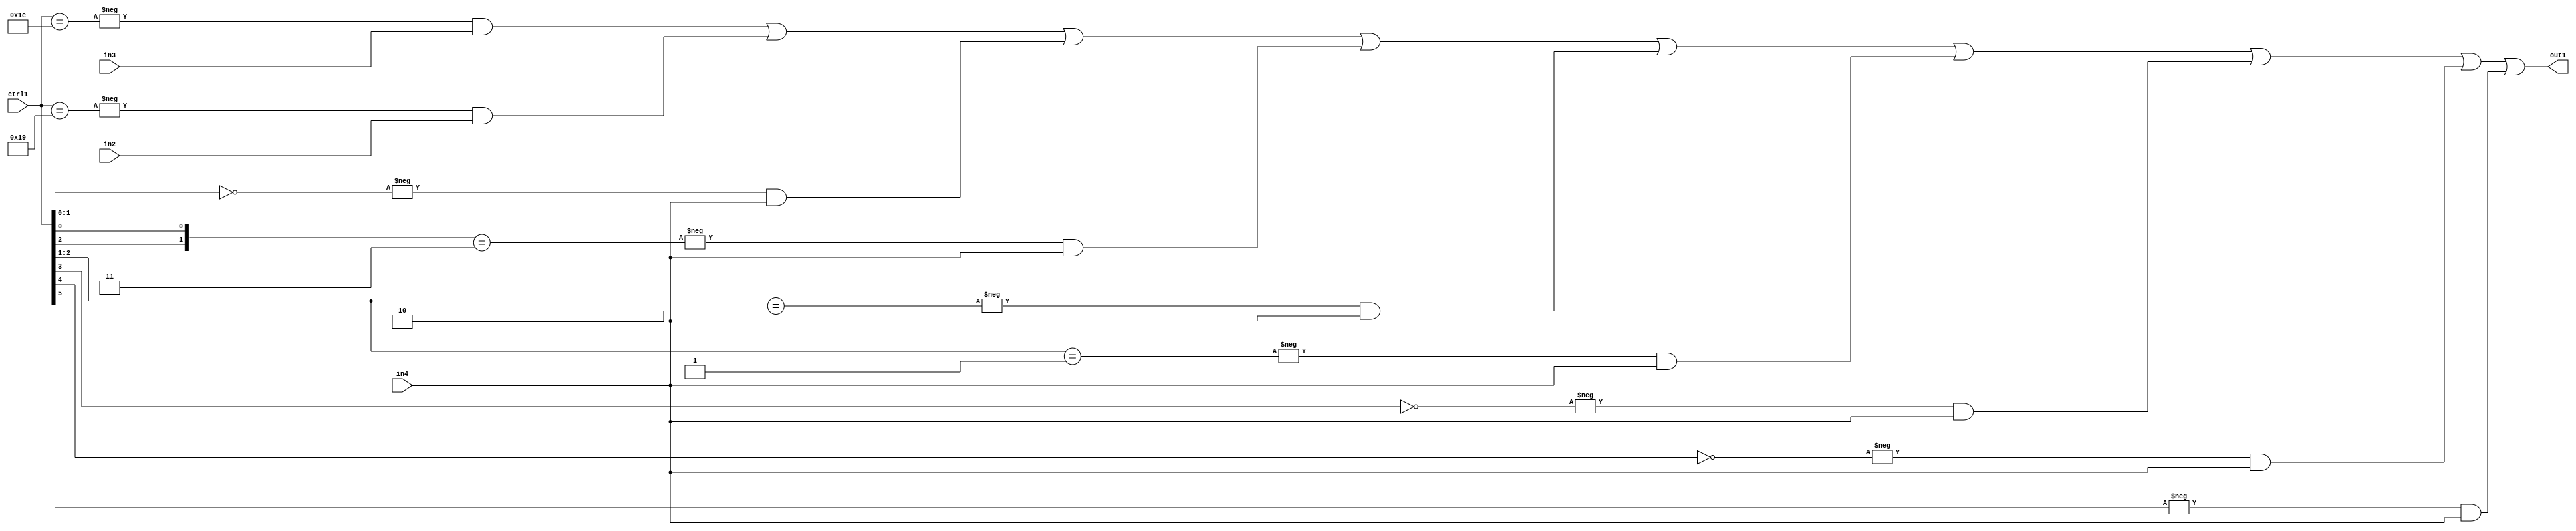
`timescale 1ps / 1ps
/*****************************************************************************
    Verilog RTL Description
    
    
    Created by: Stratus DpOpt 21.05.01 
*******************************************************************************/

module SobelFilter_N_Mux_32_3_80_4 (
	in4,
	in3,
	in2,
	ctrl1,
	out1
	); /* architecture "behavioural" */ 
input [31:0] in4;
input [8:0] in3,
	in2;
input [5:0] ctrl1;
output [31:0] out1;
wire [31:0] asc001;

assign asc001 = 
	-{ctrl1 == 6'B011110} & in3 |
	-{ctrl1 == 6'B011001} & in2 |
	-{ctrl1[1:0] == 2'B00} & in4 |
	-{{ctrl1[2], ctrl1[0]} == 2'B11} & in4 |
	-{ctrl1[2:1] == 2'B10} & in4 |
	-{ctrl1[2:1] == 2'B01} & in4 |
	-{ctrl1[3] == 1'B0} & in4 |
	-{ctrl1[4] == 1'B0} & in4 |
	-{ctrl1[5] == 1'B1} & in4 ;

assign out1 = asc001;
endmodule

/* CADENCE  vrD4SQk= : u9/ySxbfrwZIxEzHVQQV8Q== ** DO NOT EDIT THIS LINE ******/